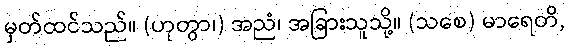
မှတ်ထင်သည်။ (ဟုတွာ၊) အညံ၊ အခြားသူသို့။ (သစေ) မာရေတိ,